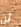
لن